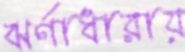
ঝর্ণাধারায়